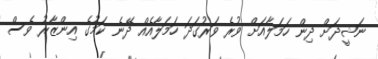
ނަޝީދަށް ދިން ހަމަލާއަށް ވުރެ ވަރުގަދަ ހަމަލާއެއް ދޭނެ ކަަމުގެ އިންޒާރު ވެސް